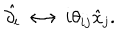
\hat { \partial _ { i } } \longleftrightarrow i \theta _ { i j } \hat { x } _ { j } .